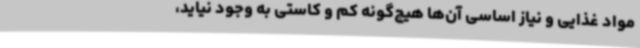
مواد غذایی و نیاز اساسی آن‌ها هیچ‌گونه کم و کاستی به وجود نیاید،